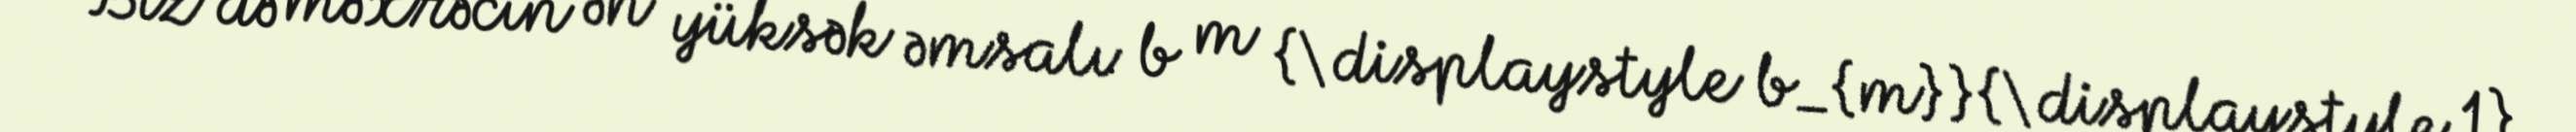
Biz də məxrəcin ən yüksək əmsalı b m {\displaystyle b_{m}} {\displaystyle 1}